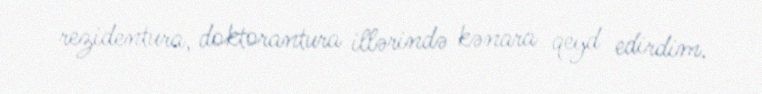
rezidentura, doktorantura illərində kənara qeyd edirdim.